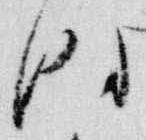
時